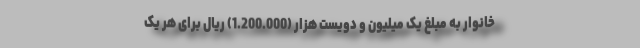
خانوار به مبلغ یک میلیون و دویست هزار (1.200.000) ریال برای هر یک